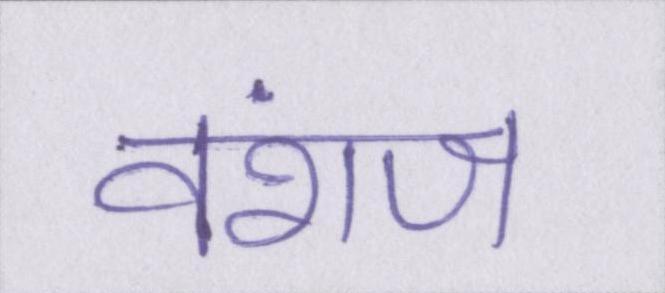
वंशज